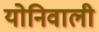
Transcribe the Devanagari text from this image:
योनिवाली